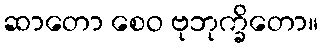
ဆာတော စေဝ ဗုဘုက္ခိတော။